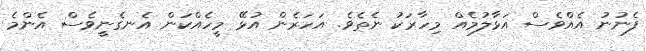
ފެނުނު އެއްވެސް އަޅާލުމެއް މިހާރަކު ނެތެވެ. އަހަރެން އުޅޭ މީހެއްކަން އެނގެނީވެސް އެންމެ